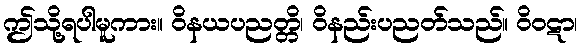
ဤသို့ရပါမူကား။ ဝိနယပညတ္တိ၊ ဝိနည်းပညတ်သည်။ ဝိဝဋာ၊